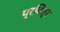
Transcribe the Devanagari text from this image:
प्रवित्र